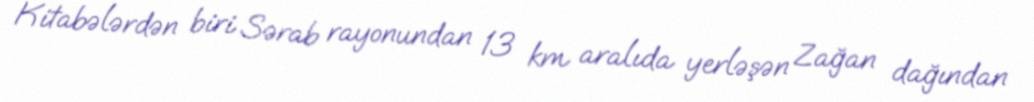
Kitabələrdən biri Sərab rayonundan 13 km aralıda yerləşən Zağan dağından